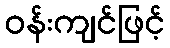
ဝန်းကျင်ဖြင့်